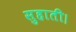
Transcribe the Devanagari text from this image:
सुहाती।